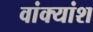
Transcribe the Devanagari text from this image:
वांक्यांश